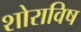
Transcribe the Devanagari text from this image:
शोराविष